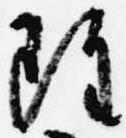
雖